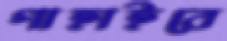
গাহাইবে